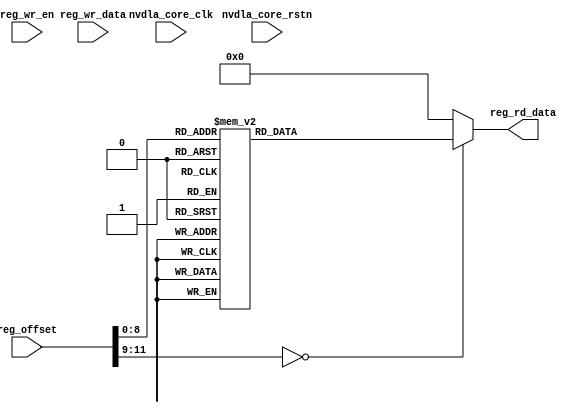
// ================================================================
// NVDLA Open Source Project
//
// Copyright(c) 2016 - 2017 NVIDIA Corporation. Licensed under the
// NVDLA Open Hardware License; Check "LICENSE" which comes with
// this distribution for more information.
// ================================================================
// Register NVDLA_CFGROM_CFGROM_HW_VERSION_0
// Register NVDLA_CFGROM_CFGROM_GLB_DESC_0
// Register NVDLA_CFGROM_CFGROM_CIF_DESC_0
// Register NVDLA_CFGROM_CFGROM_CIF_CAP_INCOMPAT_0
// Register NVDLA_CFGROM_CFGROM_CIF_CAP_COMPAT_0
// Register NVDLA_CFGROM_CFGROM_CIF_BASE_WIDTH_0
// Register NVDLA_CFGROM_CFGROM_CIF_BASE_LATENCY_0
// Register NVDLA_CFGROM_CFGROM_CIF_BASE_BURST_LENGTH_MAX_0
// Register NVDLA_CFGROM_CFGROM_CIF_BASE_MEM_ADDR_WIDTH_0
// Register NVDLA_CFGROM_CFGROM_CDMA_DESC_0
// Register NVDLA_CFGROM_CFGROM_CDMA_CAP_INCOMPAT_0
// Register NVDLA_CFGROM_CFGROM_CDMA_CAP_COMPAT_0
// Register NVDLA_CFGROM_CFGROM_CDMA_BASE_FEATURE_TYPES_0
// Register NVDLA_CFGROM_CFGROM_CDMA_BASE_WEIGHT_TYPES_0
// Register NVDLA_CFGROM_CFGROM_CDMA_BASE_ATOMIC_C_0
// Register NVDLA_CFGROM_CFGROM_CDMA_BASE_ATOMIC_K_0
// Register NVDLA_CFGROM_CFGROM_CDMA_BASE_ATOMIC_M_0
// Register NVDLA_CFGROM_CFGROM_CDMA_BASE_CBUF_BANK_NUM_0
// Register NVDLA_CFGROM_CFGROM_CDMA_BASE_CBUF_BANK_WIDTH_0
// Register NVDLA_CFGROM_CFGROM_CDMA_BASE_CBUF_BANK_DEPTH_0
// Register NVDLA_CFGROM_CFGROM_CDMA_MULTI_BATCH_MAX_0
// Register NVDLA_CFGROM_CFGROM_CDMA_IMAGE_IN_FORMATS_PACKED_0
// Register NVDLA_CFGROM_CFGROM_CDMA_IMAGE_IN_FORMATS_SEMI_0
// Register NVDLA_CFGROM_CFGROM_CBUF_DESC_0
// Register NVDLA_CFGROM_CFGROM_CBUF_CAP_INCOMPAT_0
// Register NVDLA_CFGROM_CFGROM_CBUF_CAP_COMPAT_0
// Register NVDLA_CFGROM_CFGROM_CBUF_BASE_CBUF_BANK_NUM_0
// Register NVDLA_CFGROM_CFGROM_CBUF_BASE_CBUF_BANK_WIDTH_0
// Register NVDLA_CFGROM_CFGROM_CBUF_BASE_CBUF_BANK_DEPTH_0
// Register NVDLA_CFGROM_CFGROM_CBUF_BASE_CDMA_ID_0
// Register NVDLA_CFGROM_CFGROM_CSC_DESC_0
// Register NVDLA_CFGROM_CFGROM_CSC_CAP_INCOMPAT_0
// Register NVDLA_CFGROM_CFGROM_CSC_CAP_COMPAT_0
// Register NVDLA_CFGROM_CFGROM_CSC_BASE_FEATURE_TYPES_0
// Register NVDLA_CFGROM_CFGROM_CSC_BASE_WEIGHT_TYPES_0
// Register NVDLA_CFGROM_CFGROM_CSC_BASE_ATOMIC_C_0
// Register NVDLA_CFGROM_CFGROM_CSC_BASE_ATOMIC_K_0
// Register NVDLA_CFGROM_CFGROM_CSC_BASE_ATOMIC_M_0
// Register NVDLA_CFGROM_CFGROM_CSC_BASE_CBUF_BANK_NUM_0
// Register NVDLA_CFGROM_CFGROM_CSC_BASE_CBUF_BANK_WIDTH_0
// Register NVDLA_CFGROM_CFGROM_CSC_BASE_CBUF_BANK_DEPTH_0
// Register NVDLA_CFGROM_CFGROM_CSC_BASE_CDMA_ID_0
// Register NVDLA_CFGROM_CFGROM_CSC_MULTI_BATCH_MAX_0
// Register NVDLA_CFGROM_CFGROM_CMAC_A_DESC_0
// Register NVDLA_CFGROM_CFGROM_CMAC_A_CAP_INCOMPAT_0
// Register NVDLA_CFGROM_CFGROM_CMAC_A_CAP_COMPAT_0
// Register NVDLA_CFGROM_CFGROM_CMAC_A_BASE_FEATURE_TYPES_0
// Register NVDLA_CFGROM_CFGROM_CMAC_A_BASE_WEIGHT_TYPES_0
// Register NVDLA_CFGROM_CFGROM_CMAC_A_BASE_ATOMIC_C_0
// Register NVDLA_CFGROM_CFGROM_CMAC_A_BASE_ATOMIC_K_0
// Register NVDLA_CFGROM_CFGROM_CMAC_A_BASE_CDMA_ID_0
// Register NVDLA_CFGROM_CFGROM_CMAC_B_DESC_0
// Register NVDLA_CFGROM_CFGROM_CMAC_B_CAP_INCOMPAT_0
// Register NVDLA_CFGROM_CFGROM_CMAC_B_CAP_COMPAT_0
// Register NVDLA_CFGROM_CFGROM_CMAC_B_BASE_FEATURE_TYPES_0
// Register NVDLA_CFGROM_CFGROM_CMAC_B_BASE_WEIGHT_TYPES_0
// Register NVDLA_CFGROM_CFGROM_CMAC_B_BASE_ATOMIC_C_0
// Register NVDLA_CFGROM_CFGROM_CMAC_B_BASE_ATOMIC_K_0
// Register NVDLA_CFGROM_CFGROM_CMAC_B_BASE_CDMA_ID_0
// Register NVDLA_CFGROM_CFGROM_CACC_DESC_0
// Register NVDLA_CFGROM_CFGROM_CACC_CAP_INCOMPAT_0
// Register NVDLA_CFGROM_CFGROM_CACC_CAP_COMPAT_0
// Register NVDLA_CFGROM_CFGROM_CACC_BASE_FEATURE_TYPES_0
// Register NVDLA_CFGROM_CFGROM_CACC_BASE_WEIGHT_TYPES_0
// Register NVDLA_CFGROM_CFGROM_CACC_BASE_ATOMIC_C_0
// Register NVDLA_CFGROM_CFGROM_CACC_BASE_ATOMIC_K_0
// Register NVDLA_CFGROM_CFGROM_CACC_BASE_CDMA_ID_0
// Register NVDLA_CFGROM_CFGROM_CACC_MULTI_BATCH_MAX_0
// Register NVDLA_CFGROM_CFGROM_SDP_RDMA_DESC_0
// Register NVDLA_CFGROM_CFGROM_SDP_RDMA_CAP_INCOMPAT_0
// Register NVDLA_CFGROM_CFGROM_SDP_RDMA_CAP_COMPAT_0
// Register NVDLA_CFGROM_CFGROM_SDP_RDMA_BASE_ATOMIC_M_0
// Register NVDLA_CFGROM_CFGROM_SDP_RDMA_BASE_SDP_ID_0
// Register NVDLA_CFGROM_CFGROM_SDP_DESC_0
// Register NVDLA_CFGROM_CFGROM_SDP_CAP_INCOMPAT_0
// Register NVDLA_CFGROM_CFGROM_SDP_CAP_COMPAT_0
// Register NVDLA_CFGROM_CFGROM_SDP_BASE_FEATURE_TYPES_0
// Register NVDLA_CFGROM_CFGROM_SDP_BASE_WEIGHT_TYPES_0
// Register NVDLA_CFGROM_CFGROM_SDP_BASE_CDMA_ID_0
// Register NVDLA_CFGROM_CFGROM_SDP_MULTI_BATCH_MAX_0
// Register NVDLA_CFGROM_CFGROM_SDP_BS_THROUGHPUT_0
// Register NVDLA_CFGROM_CFGROM_SDP_BN_THROUGHPUT_0
// Register NVDLA_CFGROM_CFGROM_SDP_EW_THROUGHPUT_0
// Register NVDLA_CFGROM_CFGROM_PDP_RDMA_DESC_0
// Register NVDLA_CFGROM_CFGROM_PDP_RDMA_CAP_INCOMPAT_0
// Register NVDLA_CFGROM_CFGROM_PDP_RDMA_CAP_COMPAT_0
// Register NVDLA_CFGROM_CFGROM_PDP_RDMA_BASE_ATOMIC_M_0
// Register NVDLA_CFGROM_CFGROM_PDP_RDMA_BASE_PDP_ID_0
// Register NVDLA_CFGROM_CFGROM_PDP_DESC_0
// Register NVDLA_CFGROM_CFGROM_PDP_CAP_INCOMPAT_0
// Register NVDLA_CFGROM_CFGROM_PDP_CAP_COMPAT_0
// Register NVDLA_CFGROM_CFGROM_PDP_BASE_FEATURE_TYPES_0
// Register NVDLA_CFGROM_CFGROM_PDP_BASE_THROUGHPUT_0
// Register NVDLA_CFGROM_CFGROM_CDP_RDMA_DESC_0
// Register NVDLA_CFGROM_CFGROM_CDP_RDMA_CAP_INCOMPAT_0
// Register NVDLA_CFGROM_CFGROM_CDP_RDMA_CAP_COMPAT_0
// Register NVDLA_CFGROM_CFGROM_CDP_RDMA_BASE_ATOMIC_M_0
// Register NVDLA_CFGROM_CFGROM_CDP_RDMA_BASE_CDP_ID_0
// Register NVDLA_CFGROM_CFGROM_CDP_DESC_0
// Register NVDLA_CFGROM_CFGROM_CDP_CAP_INCOMPAT_0
// Register NVDLA_CFGROM_CFGROM_CDP_CAP_COMPAT_0
// Register NVDLA_CFGROM_CFGROM_CDP_BASE_FEATURE_TYPES_0
// Register NVDLA_CFGROM_CFGROM_CDP_BASE_THROUGHPUT_0
// Register NVDLA_CFGROM_CFGROM_END_OF_LIST_0
//
// ADDRESS SPACES
//
module NV_NVDLA_CFGROM_rom (
   reg_rd_data
  ,reg_offset
// verilint 498 off
// leda UNUSED_DEC off
  ,reg_wr_data
// verilint 498 on
// leda UNUSED_DEC on
  ,reg_wr_en
  ,nvdla_core_clk
  ,nvdla_core_rstn
  );
output [31:0] reg_rd_data;
input [11:0] reg_offset;
input [31:0] reg_wr_data; //(UNUSED_DEC)
input reg_wr_en;
input nvdla_core_clk;
input nvdla_core_rstn;
//////////////////////////////////////////////////////////////////////////////////////////////////////////////////////////
//// leda FM_2_23 off
//reg arreggen_abort_on_invalid_wr;
//reg arreggen_abort_on_rowr;
//reg arreggen_dump;
//// leda FM_2_23 on
reg [31:0] reg_rd_data;
//////////////////////////////////////////////////////////////////////////////////////////////////////////////////////////
always @(*) begin
  case (reg_offset)
     (32'h0 & 32'h00000fff): reg_rd_data = 32'h10001 ;
     (32'h4 & 32'h00000fff): reg_rd_data = 32'h1 ;
     (32'h8 & 32'h00000fff): reg_rd_data = 32'h180002 ;
     (32'hc & 32'h00000fff): reg_rd_data = 32'h0 ;
     (32'h10 & 32'h00000fff): reg_rd_data = 32'h0 ;
     (32'h14 & 32'h00000fff): reg_rd_data = 32'h8 ;
     (32'h18 & 32'h00000fff): reg_rd_data = 32'h32 ;
     (32'h1c & 32'h00000fff): reg_rd_data = 32'h80 ;
     (32'h20 & 32'h00000fff): reg_rd_data = 32'h400 ;
     (32'h24 & 32'h00000fff): reg_rd_data = 32'h340003 ;
     (32'h28 & 32'h00000fff): reg_rd_data = 32'h0 ;
     (32'h2c & 32'h00000fff): reg_rd_data = 32'h10 ;
     (32'h30 & 32'h00000fff): reg_rd_data = 32'h10 ;
     (32'h34 & 32'h00000fff): reg_rd_data = 32'h10 ;
     (32'h38 & 32'h00000fff): reg_rd_data = 32'h8 ;
     (32'h3c & 32'h00000fff): reg_rd_data = 32'h8 ;
     (32'h40 & 32'h00000fff): reg_rd_data = 32'h8 ;
     (32'h44 & 32'h00000fff): reg_rd_data = 32'h20 ;
     (32'h48 & 32'h00000fff): reg_rd_data = 32'h8 ;
     (32'h4c & 32'h00000fff): reg_rd_data = 32'h200 ;
     (32'h50 & 32'h00000fff): reg_rd_data = 32'h0 ;
     (32'h54 & 32'h00000fff): reg_rd_data = 32'hcfff001 ;
     (32'h58 & 32'h00000fff): reg_rd_data = 32'h3 ;
     (32'h5c & 32'h00000fff): reg_rd_data = 32'h180004 ;
     (32'h60 & 32'h00000fff): reg_rd_data = 32'h0 ;
     (32'h64 & 32'h00000fff): reg_rd_data = 32'h0 ;
     (32'h68 & 32'h00000fff): reg_rd_data = 32'h20 ;
     (32'h6c & 32'h00000fff): reg_rd_data = 32'h8 ;
     (32'h70 & 32'h00000fff): reg_rd_data = 32'h200 ;
     (32'h74 & 32'h00000fff): reg_rd_data = 32'h3 ;
     (32'h78 & 32'h00000fff): reg_rd_data = 32'h300005 ;
     (32'h7c & 32'h00000fff): reg_rd_data = 32'h0 ;
     (32'h80 & 32'h00000fff): reg_rd_data = 32'h10 ;
     (32'h84 & 32'h00000fff): reg_rd_data = 32'h10 ;
     (32'h88 & 32'h00000fff): reg_rd_data = 32'h10 ;
     (32'h8c & 32'h00000fff): reg_rd_data = 32'h8 ;
     (32'h90 & 32'h00000fff): reg_rd_data = 32'h8 ;
     (32'h94 & 32'h00000fff): reg_rd_data = 32'h8 ;
     (32'h98 & 32'h00000fff): reg_rd_data = 32'h20 ;
     (32'h9c & 32'h00000fff): reg_rd_data = 32'h8 ;
     (32'ha0 & 32'h00000fff): reg_rd_data = 32'h200 ;
     (32'ha4 & 32'h00000fff): reg_rd_data = 32'h3 ;
     (32'ha8 & 32'h00000fff): reg_rd_data = 32'h0 ;
     (32'hac & 32'h00000fff): reg_rd_data = 32'h1c0006 ;
     (32'hb0 & 32'h00000fff): reg_rd_data = 32'h0 ;
     (32'hb4 & 32'h00000fff): reg_rd_data = 32'h10 ;
     (32'hb8 & 32'h00000fff): reg_rd_data = 32'h10 ;
     (32'hbc & 32'h00000fff): reg_rd_data = 32'h10 ;
     (32'hc0 & 32'h00000fff): reg_rd_data = 32'h8 ;
     (32'hc4 & 32'h00000fff): reg_rd_data = 32'h8 ;
     (32'hc8 & 32'h00000fff): reg_rd_data = 32'h3 ;
     (32'hcc & 32'h00000fff): reg_rd_data = 32'h1c0006 ;
     (32'hd0 & 32'h00000fff): reg_rd_data = 32'h0 ;
     (32'hd4 & 32'h00000fff): reg_rd_data = 32'h10 ;
     (32'hd8 & 32'h00000fff): reg_rd_data = 32'h10 ;
     (32'hdc & 32'h00000fff): reg_rd_data = 32'h10 ;
     (32'he0 & 32'h00000fff): reg_rd_data = 32'h8 ;
     (32'he4 & 32'h00000fff): reg_rd_data = 32'h8 ;
     (32'he8 & 32'h00000fff): reg_rd_data = 32'h3 ;
     (32'hec & 32'h00000fff): reg_rd_data = 32'h200007 ;
     (32'hf0 & 32'h00000fff): reg_rd_data = 32'h0 ;
     (32'hf4 & 32'h00000fff): reg_rd_data = 32'h0 ;
     (32'hf8 & 32'h00000fff): reg_rd_data = 32'h10 ;
     (32'hfc & 32'h00000fff): reg_rd_data = 32'h10 ;
     (32'h100 & 32'h00000fff): reg_rd_data = 32'h8 ;
     (32'h104 & 32'h00000fff): reg_rd_data = 32'h8 ;
     (32'h108 & 32'h00000fff): reg_rd_data = 32'h3 ;
     (32'h10c & 32'h00000fff): reg_rd_data = 32'h0 ;
     (32'h110 & 32'h00000fff): reg_rd_data = 32'he0008 ;
     (32'h114 & 32'h00000fff): reg_rd_data = 32'h0 ;
     (32'h118 & 32'h00000fff): reg_rd_data = 32'h0 ;
     (32'h11c & 32'h00000fff): reg_rd_data = 32'h8 ;
     (32'h120 & 32'h00000fff): reg_rd_data = 32'h9 ;
     (32'h124 & 32'h00000fff): reg_rd_data = 32'h200009 ;
     (32'h128 & 32'h00000fff): reg_rd_data = 32'h0 ;
     (32'h12c & 32'h00000fff): reg_rd_data = 32'h18 ;
     (32'h130 & 32'h00000fff): reg_rd_data = 32'h10 ;
     (32'h134 & 32'h00000fff): reg_rd_data = 32'h10 ;
     (32'h138 & 32'h00000fff): reg_rd_data = 32'h3 ;
     (32'h13c & 32'h00000fff): reg_rd_data = 32'h0 ;
     (32'h140 & 32'h00000fff): reg_rd_data = 32'h1 ;
     (32'h144 & 32'h00000fff): reg_rd_data = 32'h1 ;
     (32'h148 & 32'h00000fff): reg_rd_data = 32'h0 ;
     (32'h14c & 32'h00000fff): reg_rd_data = 32'he000a ;
     (32'h150 & 32'h00000fff): reg_rd_data = 32'h0 ;
     (32'h154 & 32'h00000fff): reg_rd_data = 32'h0 ;
     (32'h158 & 32'h00000fff): reg_rd_data = 32'h8 ;
     (32'h15c & 32'h00000fff): reg_rd_data = 32'hb ;
     (32'h160 & 32'h00000fff): reg_rd_data = 32'h10000b ;
     (32'h164 & 32'h00000fff): reg_rd_data = 32'h0 ;
     (32'h168 & 32'h00000fff): reg_rd_data = 32'h0 ;
     (32'h16c & 32'h00000fff): reg_rd_data = 32'h10 ;
     (32'h170 & 32'h00000fff): reg_rd_data = 32'h1 ;
     (32'h174 & 32'h00000fff): reg_rd_data = 32'he000c ;
     (32'h178 & 32'h00000fff): reg_rd_data = 32'h0 ;
     (32'h17c & 32'h00000fff): reg_rd_data = 32'h0 ;
     (32'h180 & 32'h00000fff): reg_rd_data = 32'h8 ;
     (32'h184 & 32'h00000fff): reg_rd_data = 32'hd ;
     (32'h188 & 32'h00000fff): reg_rd_data = 32'h10000d ;
     (32'h18c & 32'h00000fff): reg_rd_data = 32'h0 ;
     (32'h190 & 32'h00000fff): reg_rd_data = 32'h0 ;
     (32'h194 & 32'h00000fff): reg_rd_data = 32'h10 ;
     (32'h198 & 32'h00000fff): reg_rd_data = 32'h1 ;
     (32'h19c & 32'h00000fff): reg_rd_data = 32'h0 ;
    default: reg_rd_data = {32{1'b0}};
  endcase
end
////////////////////////////////////////////////////////////////////////////////////////////////////////////////////////////
//// VCS coverage off
//initial begin
// arreggen_dump = $test$plusargs("arreggen_dump_wr");
// arreggen_abort_on_rowr = $test$plusargs("arreggen_abort_on_rowr");
// arreggen_abort_on_invalid_wr = $test$plusargs("arreggen_abort_on_invalid_wr");
// $timeformat(-9, 2, "ns", 15);
//end
//
//always @(posedge nvdla_core_clk) begin
// if (reg_wr_en) begin
// case(reg_offset)
// (32'h088 & 32'h00000fff): begin
// if (arreggen_dump) $display("%t:%m: read-only reg wr: NVDLA_PDP_D_INF_INPUT_NUM_0 = 0x%h", $time, reg_wr_data);
// if (arreggen_abort_on_rowr) begin $display("ERROR: write to read-only register!"); $finish; end
// end
// default: begin
// if (arreggen_dump) $display("%t:%m: reg wr: Unknown register (0x%h) = 0x%h", $time, reg_offset, reg_wr_data);
// if (arreggen_abort_on_invalid_wr) begin $display("ERROR: write to undefined register!"); $finish; end
// end
// endcase
// end
//end
//
//// VCS coverage on
//// synopsys translate_on
endmodule